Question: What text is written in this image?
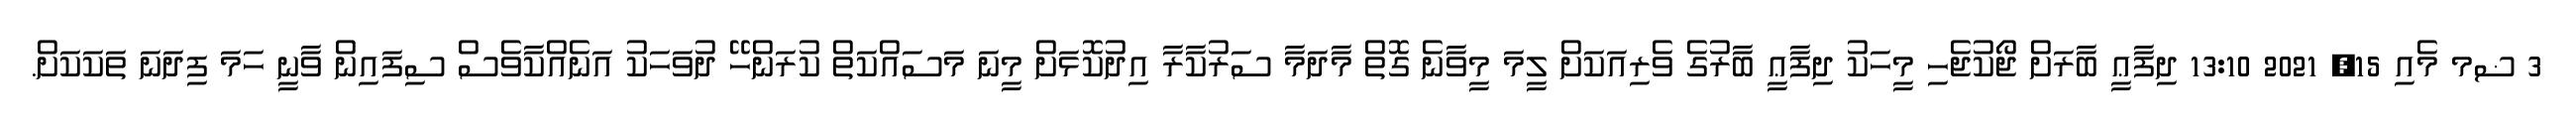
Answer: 3 ޟމ މެއި 15, 2021 13:10 ދިފާޢީ ބާރަށް ޖޯކުޖެހި މީހަކު ދިފާޢީ ބާރުގެ ވެރިއަކަށް ލީމަ މީވާނެ ގޮތް މާދަމާ ސަރުކާރާ އިދުކޮޅަށް މީނަ މަސައްކަތް ކުރަންހޭ ދުވަހަކު އަނެއްކާވެސް ސިފައިން ވާނީ ހަމަ ފިދަނަ ތަކަކަށް.